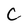
Character: C